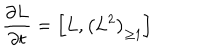
LaTeX: { \frac { \partial L } { \partial t } } = \left[ L , \left( L ^ { 2 } \right) _ { \geq 1 } \right]